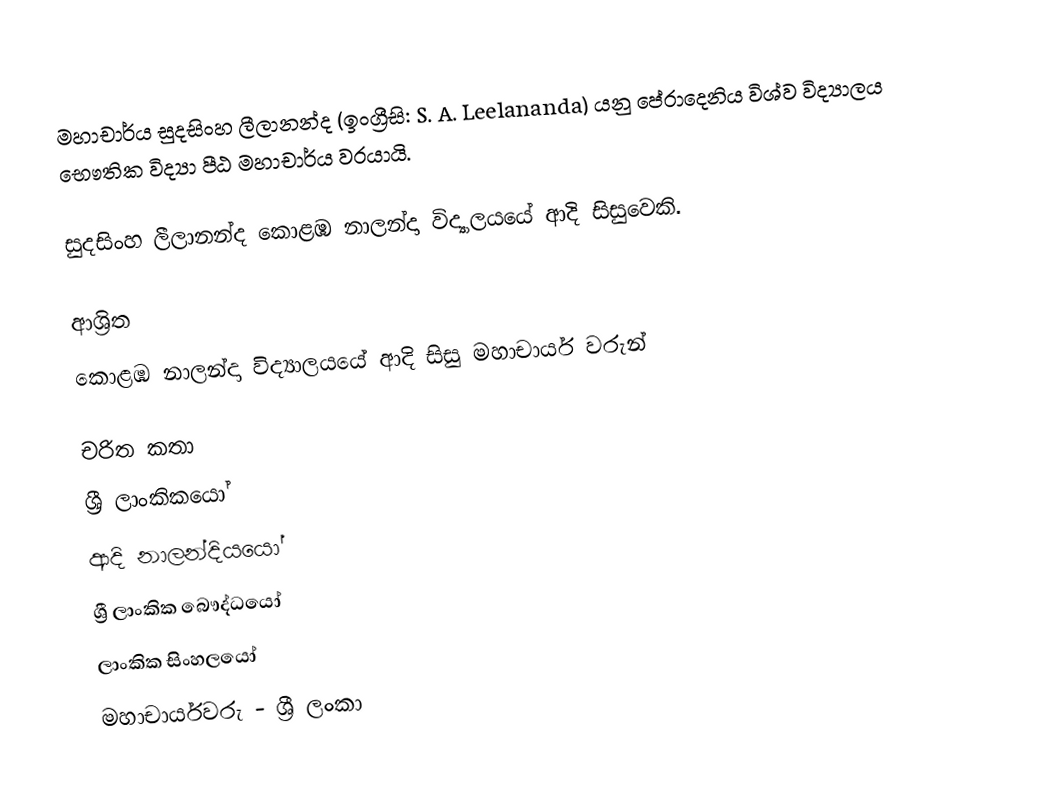
මහාචාර්ය සුදසිංහ ලීලානන්ද (ඉංග්‍රීසි: S. A. Leelananda) යනු  පේරාදෙනිය විශ්ව විද්‍යාලය භෞතික විද්‍යා පීඨ මහාචාර්ය  වරයායි.

සුදසිංහ ලීලානන්ද  කොළඹ නාලන්දා විද්‍යාලයයේ ආදි සිසුවෙකි.

ආශ්‍රිත
 කොළඹ නාලන්දා විද්‍යාලයයේ ආදි සිසු මහාචාර්ය වරුන්

චරිත කතා
ශ්‍රී ලාංකිකයෝ
ආදි නාලන්දියයෝ
ශ්‍රී ලාංකික බෞද්ධයෝ
ලාංකික සිංහලයෝ
මහාචාර්යවරු - ශ්‍රී ලංකා